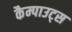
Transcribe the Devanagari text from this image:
कैम्पाउट्स